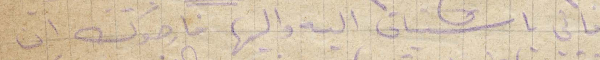
فاني اشتياقي اليه واليها فارجوك ان